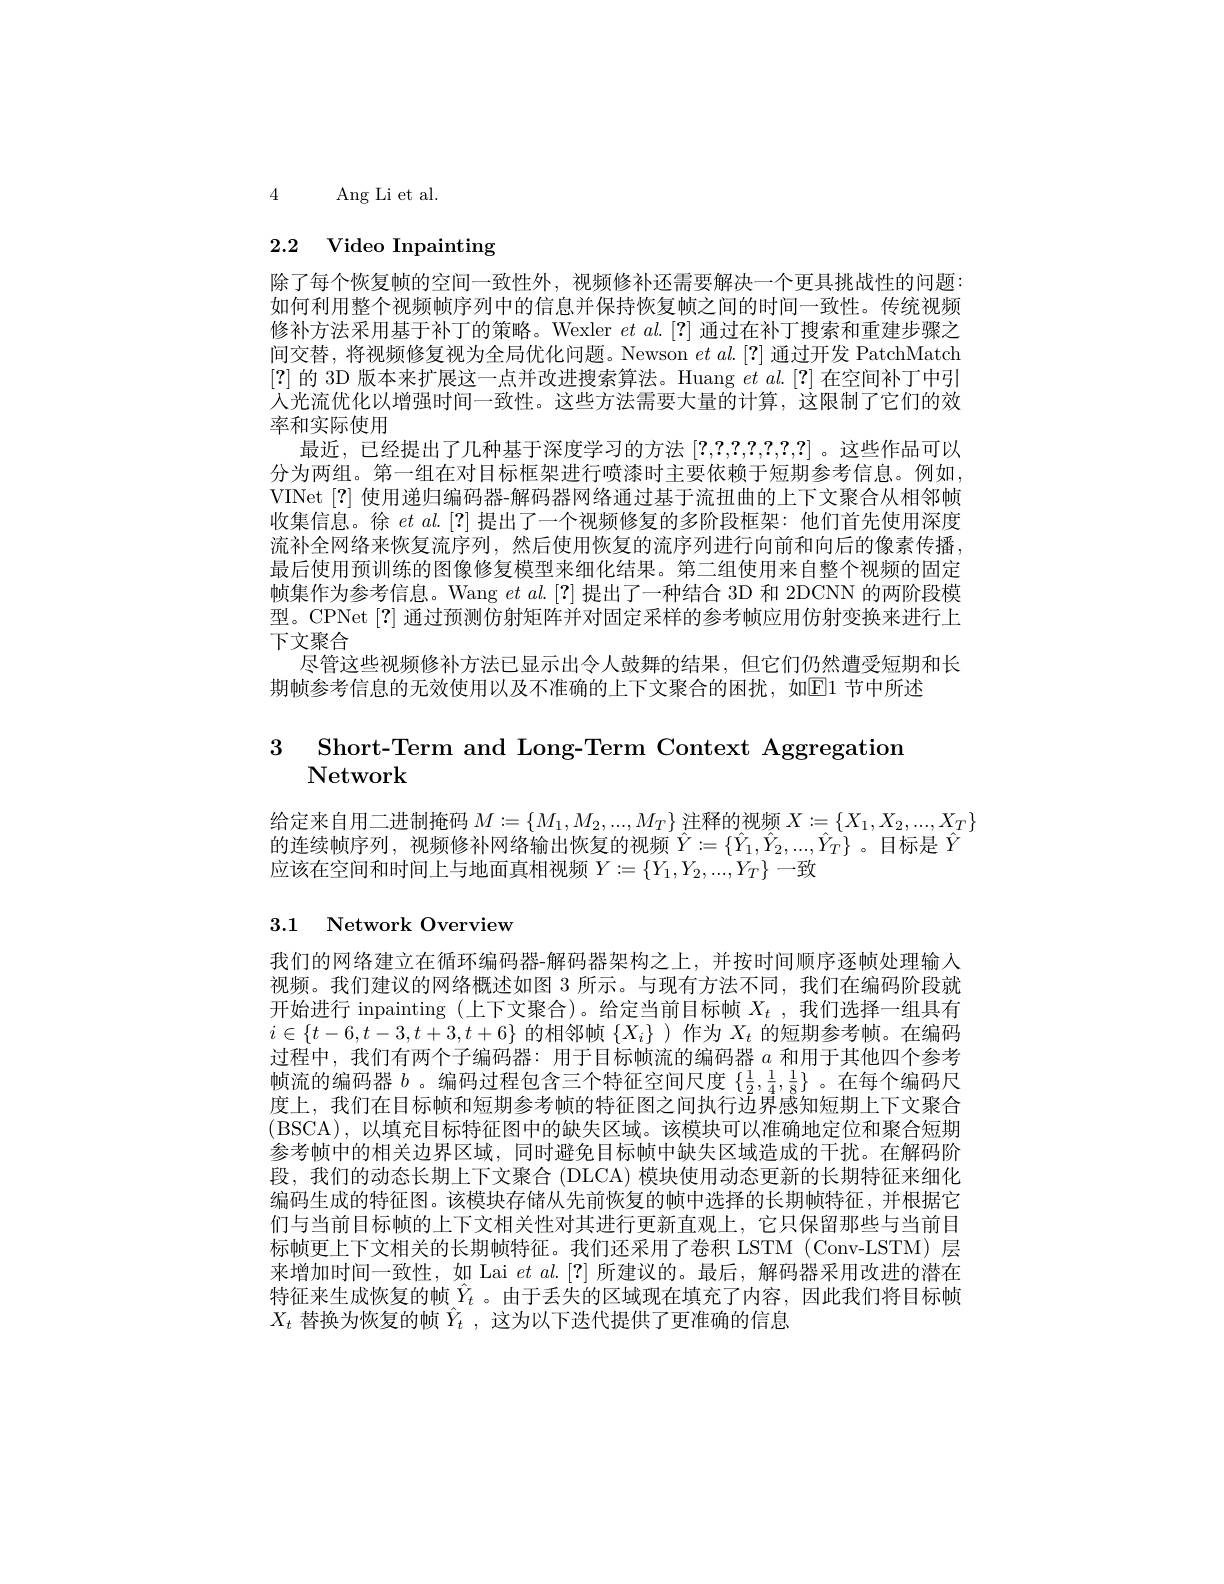
4 Ang Li et al.

# 2.2 Video Inpainting

除了每个恢复帧的空间一致性外，视频修补还需要解决一个更具挑战性的问题： 如何利用整个视频帧序列中的信息并保持恢复帧之间的时间一致性。传统视频修补方法采用基于补丁的策略。Wexler $et\textit{al. [ ? ] 通 过 在 补 丁 搜 索 和 重 建 步 骤 之 }$ 间交替，将视频修复视为全局优化问题。Newson $etal.[?]$通过开发 PatchMatch [?]的 3D 版本来扩展这一点并改进搜索算法。Huang $et$ al.[?]在空间补丁中引人光流优化以增强时间一致性。这些方法需要大量的计算，这限制了它们的效率和实际使用
最近，已经提出了几种基于深度学习的方法[?,?,?,?,?,?,?] 。这些作品可以分为两组。第一组在对目标框架进行喷漆时主要依赖于短期参考信息。例如VINet [?]使用递归编码器-解码器网络通过基于流扭曲的上下文聚合从相邻帧收集信息。徐$et$ al.[?] 提出了一个视频修复的多阶段框架：他们首先使用深度流补全网络来恢复流序列，然后使用恢复的流序列进行向前和向后的像素传播， 最后使用预训练的图像修复模型来细化结果。第二组使用来自整个视频的固定帧集作为参考信息。Wang $et$ al.[?]提出了一种结合 3D 和 2DCNN 的两阶段模型。CPNet [?] 通过预测仿射矩阵并对固定采样的参考帧应用仿射变换来进行上下文聚合
尽管这些视频修补方法已显示出令人鼓舞的结果，但它们仍然遭受短期和长
期帧参考信息的无效使用以及不准确的上下文聚合的困扰，如El1 节中所述

3 Short-Term and Long-Term Context Aggregation
# Network

给定来自用二进制掩码$M:=\{M_1,M_2,...,M_T\}$注释的视频$X:=\{X_1,X_2,...,X_T\}$
的连续帧序列，视频修补网络输出恢复的视频$\hat{Y}:=\{\hat{Y}_1,\hat{Y}_2,...,\hat{Y}_T\}$。目标是$\hat{Y}$
应该在空间和时间上与地面真相视频$Y:=\{Y_1,Y_2,...,Y_T\}$一致

## 3.1 Network Overview

我们的网络建立在循环编码器-解码器架构之上，并按时间顺序逐帧处理输入视频。我们建议的网络概述如图 3 所示。与现有方法不同，我们在编码阶段就开始进行 inpainting (上下文聚合)。给定当前目标帧$X_t$ ,我们选择一组具有$i\in\{t-6,t-3,t+3,t+6\}$的相邻帧$\{X_i\}$ )作为$X_t$的短期参考帧。在编码过程中，我们有两个子编码器：用于目标帧流的编码器$a$和用于其他四个参考帧流的编码器$b$ 。编码过程包含三个特征空间尺度$\{\frac12,\frac14,\frac18\}$ 。在每个编码尺度上，我们在目标帧和短期参考帧的特征图之间执行边界感知短期上下文聚合(BSCA),以填充目标特征图中的缺失区域。该模块可以准确地定位和聚合短期参考帧中的相关边界区域，同时避免目标帧中缺失区域造成的干扰。在解码阶段，我们的动态长期上下文聚合 (DLCA) 模块使用动态更新的长期特征来细化编码生成的特征图。该模块存储从先前恢复的帧中选择的长期帧特征，并根据它们与当前目标帧的上下文相关性对其进行更新直观上，它只保留那些与当前目标帧更上下文相关的长期帧特征。我们还采用了卷积 LSTM (Conv-LSTM) 层来增加时间一致性，如 Lai $et\textit{al. [ ? ] 所 建 议 的 。最 后 , 解 码 器 采 用 改 进 的 潜 在 }$ 特征来生成恢复的帧$\hat{Y}_t$ 。由于丢失的区域现在填充了内容，因此我们将目标帧$X_t$替换为恢复的帧$\hat{Y}_t$,这为以下迭代提供了更准确的信息